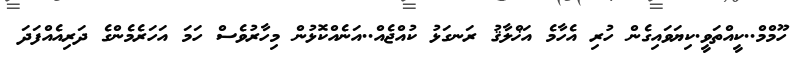
ހޫމްމް..ކީއްތަވީ.ކިޔަވައިގެން ހުރި އެހާމެ އަޚްލާޤު ރަނގަޅު ކުއްޖެއް..އަނެއްކޮޅުން މިހާރުވެސް ހަމަ އަހަރެމެންގެ ދަރިއެއްފަދަ